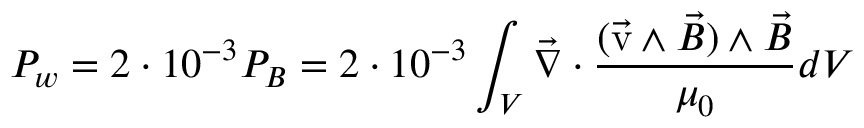
P _ { w } = 2 \cdot 1 0 ^ { - 3 } P _ { B } = 2 \cdot 1 0 ^ { - 3 } \int _ { V } \vec { \nabla } \cdot \frac { ( \vec { \mathrm { v } } \wedge \vec { B } ) \wedge \vec { B } } { \mu _ { 0 } } d V